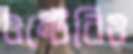
ওন্টেরিও